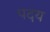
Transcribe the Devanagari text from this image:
पदय